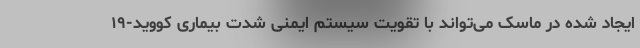
ایجاد شده در ماسک می‌تواند با تقویت سیستم ایمنی شدت بیماری کووید-۱۹